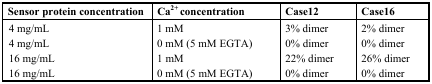
<table><thead><tr><td><b>Sensor protein concentration</b></td><td><b>Ca<sup>2+</sup> concentration</b></td><td><b>Case12</b></td><td><b>Case16</b></td></tr></thead><tbody><tr><td>4 mg/mL</td><td>1 mM</td><td>3% dimer</td><td>2% dimer</td></tr><tr><td>4 mg/mL</td><td>0 mM (5 mM EGTA)</td><td>0% dimer</td><td>0% dimer</td></tr><tr><td>16 mg/mL</td><td>1 mM</td><td>22% dimer</td><td>26% dimer</td></tr><tr><td>16 mg/mL</td><td>0 mM (5 mM EGTA)</td><td>0% dimer</td><td>0% dimer</td></tr></tbody></table>